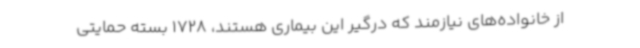
از خانواده‌های نیازمند که درگیر این بیماری هستند، 1728 بسته حمایتی